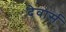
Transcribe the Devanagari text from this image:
देवार्स